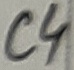
Text: C4